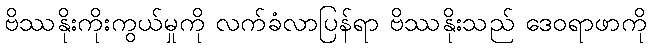
ဗိဿနိုးကိုးကွယ်မှုကို လက်ခံလာပြန်ရာ ဗိဿနိုးသည် ဒေဝရာဖာကို